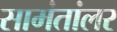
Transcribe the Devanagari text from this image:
सामंतांलर